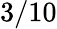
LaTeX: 3/10